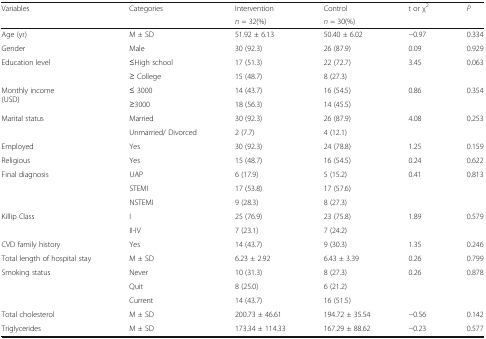
<table><thead><tr><td rowspan="2"><b>Variables</b></td><td rowspan="2"><b>Categories</b></td><td><b>Intervention</b></td><td><b>Control</b></td><td rowspan="2"><b>t or χ<sup>2</sup></b></td><td rowspan="2"><b><i>P</i></b></td></tr><tr><td><b><i>n</i> = 32(%)</b></td><td><b><i>n</i> = 30(%)</b></td></tr></thead><tbody><tr><td>Age (yr)</td><td>M ± SD</td><td>51.92 ± 6.13</td><td>50.40 ± 6.02</td><td>−0.97</td><td>0.334</td></tr><tr><td>Gender</td><td>Male</td><td>30 (92.3)</td><td>26 (87.9)</td><td>0.09</td><td>0.929</td></tr><tr><td rowspan="2">Education level</td><td>≤High school</td><td>17 (51.3)</td><td>22 (72.7)</td><td rowspan="2">3.45</td><td rowspan="2">0.063</td></tr><tr><td>≥ College</td><td>15 (48.7)</td><td>8 (27.3)</td></tr><tr><td rowspan="2">Monthly income(USD)</td><td>≤ 3000</td><td>14 (43.7)</td><td>16 (54.5)</td><td rowspan="2">0.86</td><td rowspan="2">0.354</td></tr><tr><td>≥3000</td><td>18 (56.3)</td><td>14 (45.5)</td></tr><tr><td rowspan="2">Marital status</td><td>Married</td><td>30 (92.3)</td><td>26 (87.9)</td><td rowspan="2">4.08</td><td rowspan="2">0.253</td></tr><tr><td>Unmarried/ Divorced</td><td>2 (7.7)</td><td>4 (12.1)</td></tr><tr><td>Employed</td><td>Yes</td><td>30 (92.3)</td><td>24 (78.8)</td><td>1.25</td><td>0.159</td></tr><tr><td>Religious</td><td>Yes</td><td>15 (48.7)</td><td>16 (54.5)</td><td>0.24</td><td>0.622</td></tr><tr><td rowspan="3">Final diagnosis</td><td>UAP</td><td>6 (17.9)</td><td>5 (15.2)</td><td rowspan="3">0.41</td><td rowspan="3">0.813</td></tr><tr><td>STEMI</td><td>17 (53.8)</td><td>17 (57.6)</td></tr><tr><td>NSTEMI</td><td>9 (28.3)</td><td>8 (27.3)</td></tr><tr><td rowspan="2">Killip Class</td><td>I</td><td>25 (76.9)</td><td>23 (75.8)</td><td rowspan="2">1.89</td><td rowspan="2">0.579</td></tr><tr><td>II-IV</td><td>7 (23.1)</td><td>7 (24.2)</td></tr><tr><td>CVD family history</td><td>Yes</td><td>14 (43.7)</td><td>9 (30.3)</td><td>1.35</td><td>0.246</td></tr><tr><td>Total length of hospital stay</td><td>M ± SD</td><td>6.23 ± 2.92</td><td>6.43 ± 3.39</td><td>0.26</td><td>0.799</td></tr><tr><td rowspan="3">Smoking status</td><td>Never</td><td>10 (31.3)</td><td>8 (27.3)</td><td rowspan="3">0.26</td><td rowspan="3">0.878</td></tr><tr><td>Quit</td><td>8 (25.0)</td><td>6 (21.2)</td></tr><tr><td>Current</td><td>14 (43.7)</td><td>16 (51.5)</td></tr><tr><td>Total cholesterol</td><td>M ± SD</td><td>200.73 ± 46.61</td><td>194.72 ± 35.54</td><td>−0.56</td><td>0.142</td></tr><tr><td>Triglycerides</td><td>M ± SD</td><td>173.34 ± 114.33</td><td>167.29 ± 88.62</td><td>−0.23</td><td>0.577</td></tr></tbody></table>